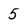
Character: 5